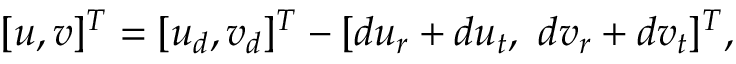
\begin{array} { r } { [ u , v ] ^ { T } = [ u _ { d } , v _ { d } ] ^ { T } - [ d u _ { r } + d u _ { t } , ~ d v _ { r } + d v _ { t } ] ^ { T } , } \end{array}